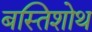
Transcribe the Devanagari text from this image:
बस्तिशोथ